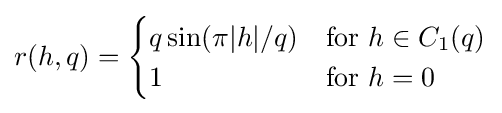
r(h,q)={\begin{cases}q\sin(\pi |h|/q)&{\text{for }}h\in C_{1}(q)\\1&{\text{for }}h=0\end{cases}}